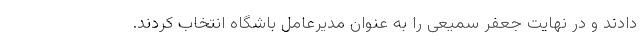
دادند و در نهایت جعفر سمیعی را به عنوان مدیرعامل باشگاه انتخاب کردند.